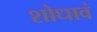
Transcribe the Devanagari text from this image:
शोधावं